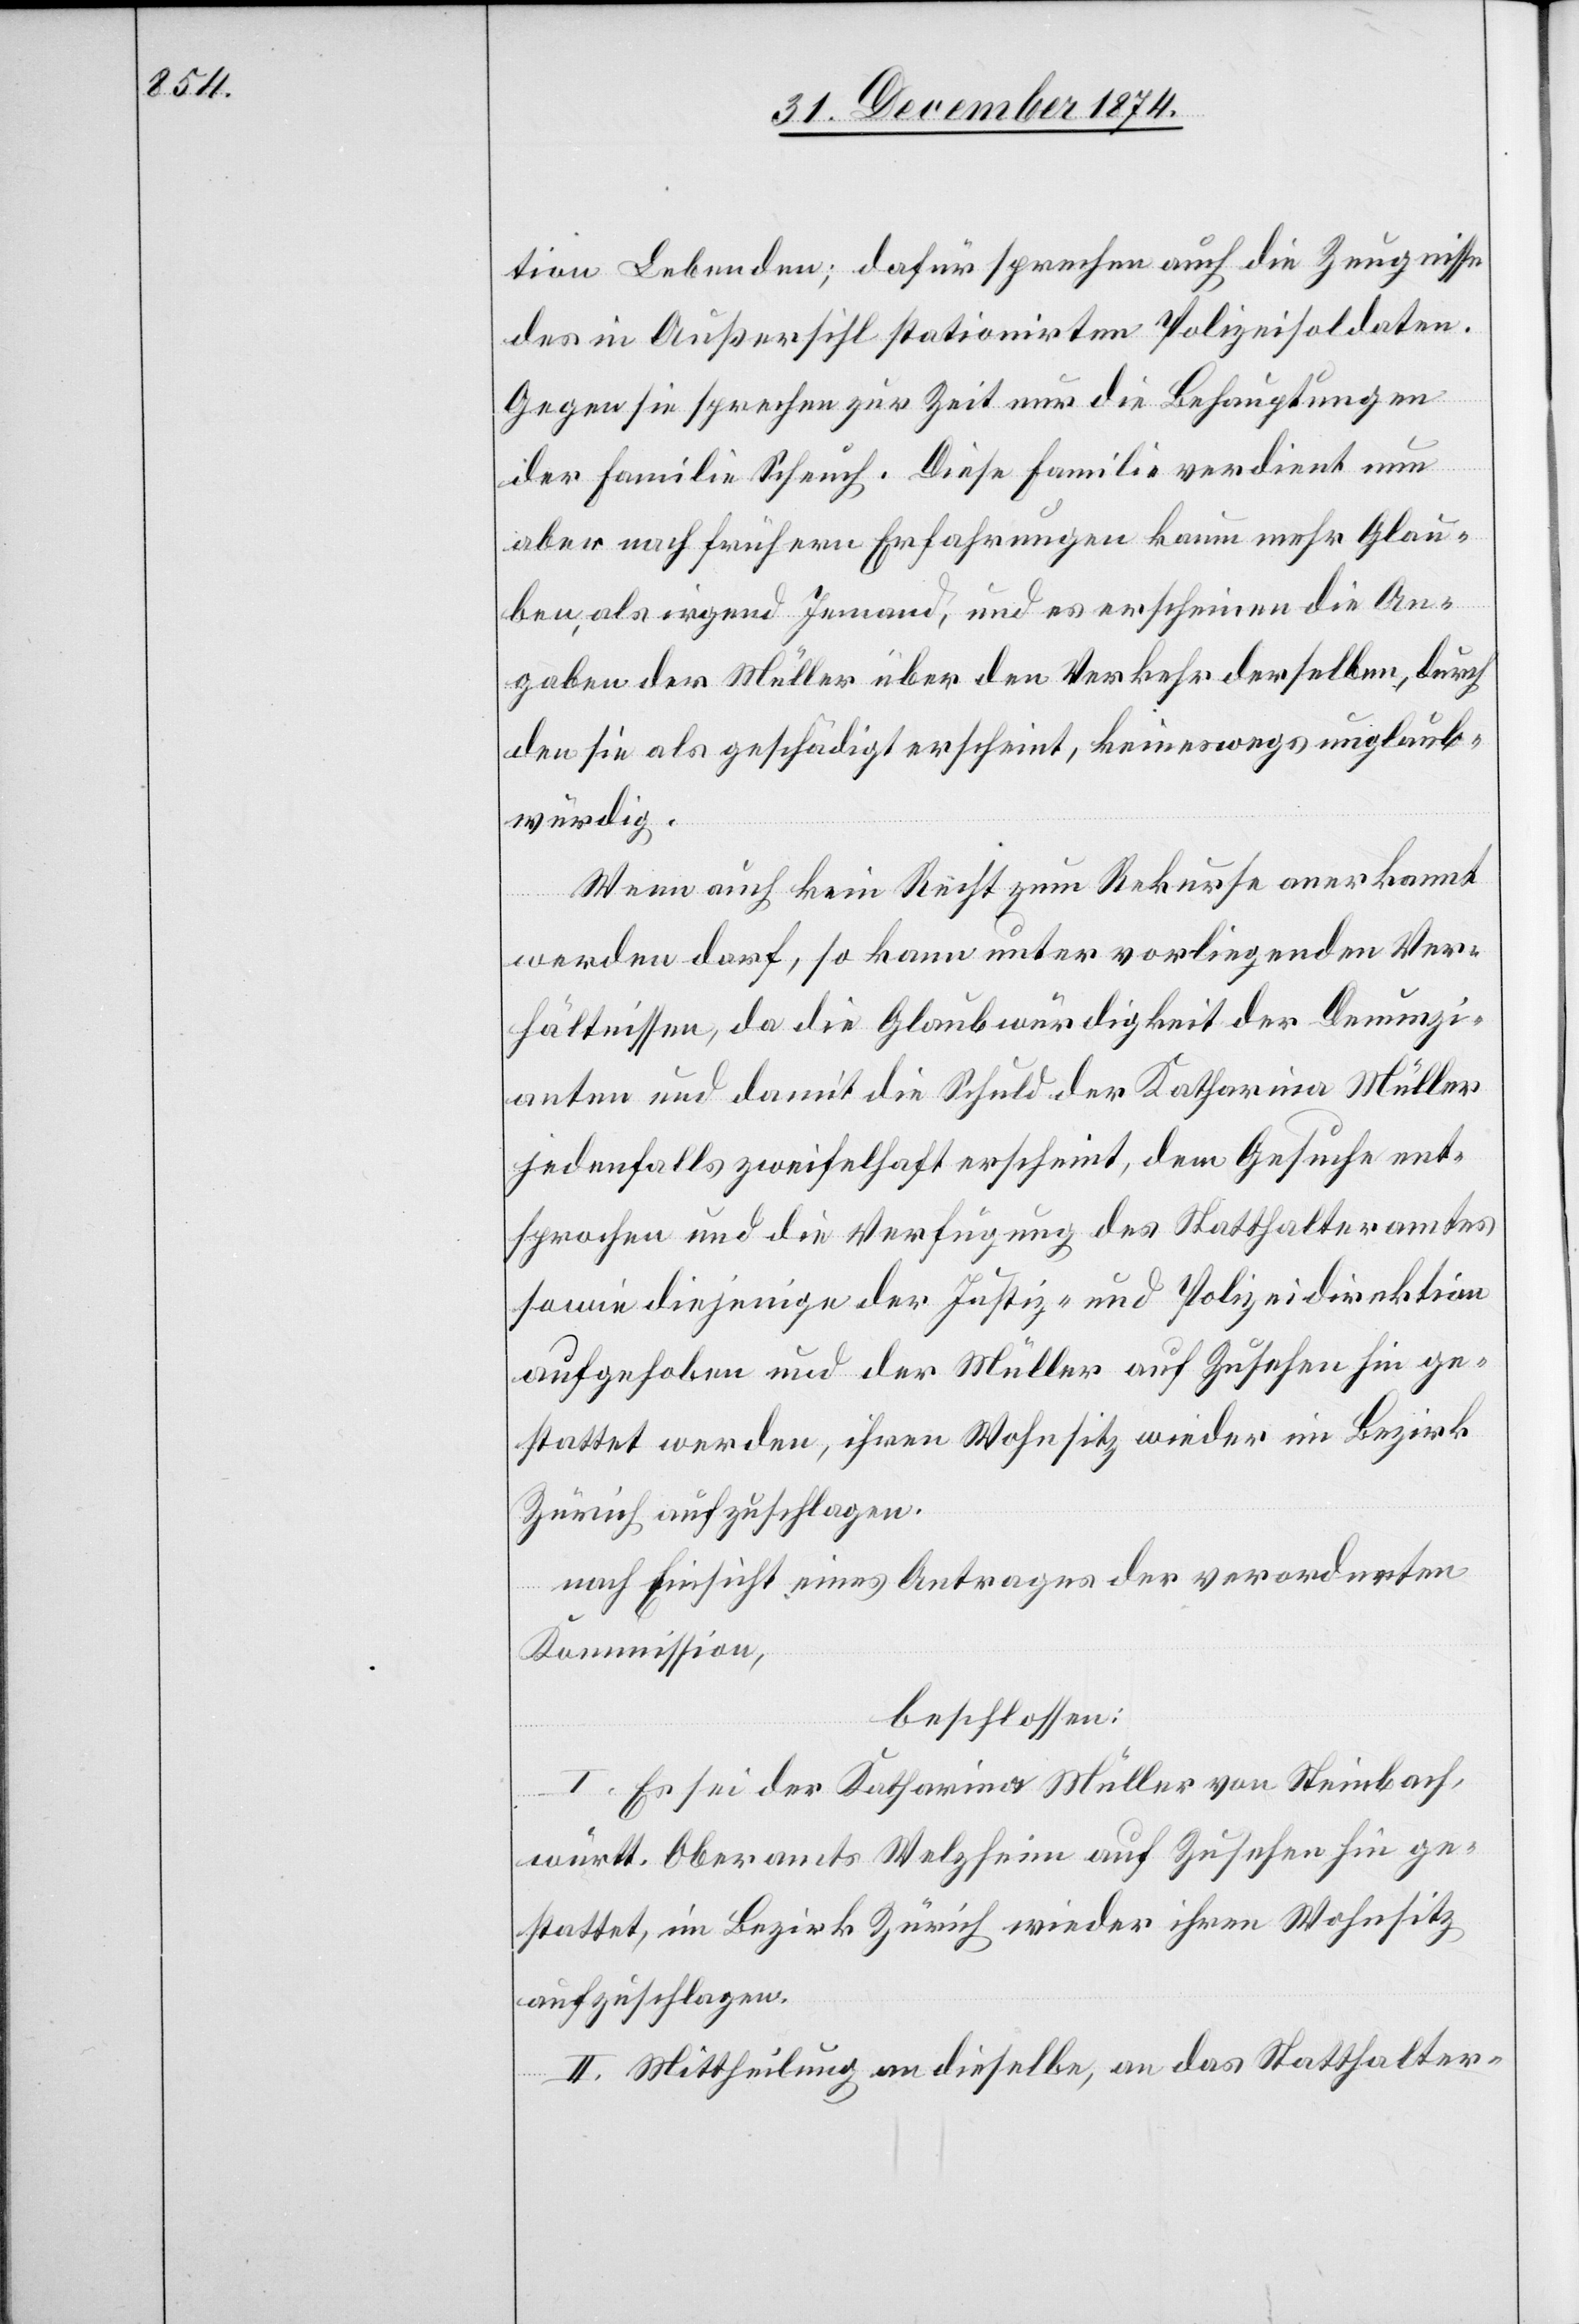
tion Lebenden, dafür sprechen auch die Zeugnisse
des in Außersihl stationirten Polizeisoldaten.
Gegen sie sprechen zur Zeit nur die Behauptungen
der Familie Scheuch. Diese Familie verdient nun
aber nach frühern Erfahrungen kaum mehr Glau¬
ben, als irgend Jemand, und es erscheinen die An¬
gaben der Müller über den Verkehr derselben, durch
den sie als geschädigt erscheint, keineswegs unglaub¬
würdig.
Wenn auch kein Recht zum Rekurse anerkannt
werden darf, so kann unter vorligenden Ver¬
hältnissen, da die Glaubwürdigkeit der Denunzi¬
anten und damit die Schuld der Katharina Müller
jedenfalls zweifelhaft erscheint, dem Gesuche ent¬
sprochen und die Verfügung des Statthalteramtes
sowie diejenige der Justiz- und Polizeidirektion
aufgehoben und der Müller auf Zusehen hin ge¬
stattet werden, ihren Wohnsitz wieder im Bezirk
Zürich aufzuschlagen.
nach Einsicht eines Antrages der verordneten
Kommission,
beschlossen:
I. Es sei der Katharina Müller von Steinbach,
württ. Oberamts Welzheim auf Zusehen hin ge¬
stattet, im Bezirk Zürich wieder ihren Wohnsitz
aufzuschlagen.
II. Mittheilung an dieselbe, an das Statthalter-